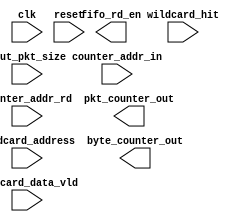
`timescale 1ns / 1ps
//////////////////////////////////////////////////////////////////////////////////
// Company: 
// Engineer: 
// 
// Design Name: 
// Module Name: wildcard_counter
// Project Name: 
// Target Devices: 
// Tool Versions: 
// Description: 
// 
// Dependencies: 
// 
// Revision:
// Revision 0.01 - File Created
// Additional Comments:
// 
//////////////////////////////////////////////////////////////////////////////////


module wildcard_counter
#(parameter ADDR_WIDTH=4,
  parameter PKT_WIDTH=12,
  parameter LUT_DEPTH=16,
  parameter DEPTH_BITS=4
  )
(
   input clk,
   input reset,
   output fifo_rd_en,
   input [PKT_WIDTH-1:0]dout_pkt_size,
   input wildcard_data_vld,
   input wildcard_hit,
   input [DEPTH_BITS-1:0]wildcard_address,
   
   input [DEPTH_BITS-1:0] counter_addr_in,
   input counter_addr_rd,
   output reg [31:0]pkt_counter_out,
   output reg [31:0]byte_counter_out
   
    );

`ifdef ONETS45
begin   
    reg [31:0]byte_count[LUT_DEPTH-1:0];
    reg [31:0]pkt_count [LUT_DEPTH-1:0];
    reg [DEPTH_BITS-1:0]wildcard_address_d;
    
    assign fifo_rd_en=wildcard_data_vld;
    reg wildcard_hit_d;
    always@(posedge clk)
      wildcard_hit_d<=wildcard_hit;
    
    localparam CLEAR=0,
               IDLE=1;
    reg [DEPTH_BITS-1:0]clear_count;
    reg [2:0]cur_st,nxt_st;
    always@(posedge clk)
      if(reset) wildcard_address_d<=0;
      else wildcard_address_d<=wildcard_address;
    
    always@(posedge clk)
      if(reset) cur_st<=0;
      else cur_st<=nxt_st;
      
    always@(*)
    begin  
      nxt_st=cur_st;
      case(cur_st)
         CLEAR:if(clear_count==LUT_DEPTH-1) nxt_st=IDLE;
         IDLE:nxt_st=IDLE;
         default:nxt_st=IDLE;
      endcase
    end         
       
    always@(posedge clk)
    if(reset)
      clear_count<=0;
    else if(cur_st==CLEAR) clear_count<=clear_count+1;
    
    always@(posedge clk)
    if(cur_st==CLEAR)
    begin
        byte_count[clear_count]<=0;
        pkt_count[clear_count]<=0;
    end
    else if(cur_st==IDLE && wildcard_hit_d)
    begin
      byte_count[wildcard_address_d]<=byte_count[wildcard_address_d]+dout_pkt_size+4;
      pkt_count[wildcard_address_d]<=pkt_count[wildcard_address_d]+1;
    end
    
    always@(posedge clk)
    if(reset)
      pkt_counter_out<=0;
    else if(counter_addr_rd) 
      pkt_counter_out<=pkt_count[counter_addr_in];
      
      always@(posedge clk)
      if(reset)
        byte_counter_out<=0;
      else if(counter_addr_rd) 
        byte_counter_out<=byte_count[counter_addr_in];
end

`elsif ONETS30
begin   
    reg [31:0]byte_count[LUT_DEPTH-1:0];
    reg [31:0]pkt_count [LUT_DEPTH-1:0];
    reg [DEPTH_BITS-1:0]wildcard_address_d;
    
    assign fifo_rd_en=wildcard_data_vld;
    reg wildcard_hit_d;
    always@(posedge clk)
      wildcard_hit_d<=wildcard_hit;
    
    localparam CLEAR=0,
               IDLE=1;
    reg [DEPTH_BITS-1:0]clear_count;
    reg [2:0]cur_st,nxt_st;
    always@(posedge clk)
      if(reset) wildcard_address_d<=0;
      else wildcard_address_d<=wildcard_address;
    
    always@(posedge clk)
      if(reset) cur_st<=0;
      else cur_st<=nxt_st;
      
    always@(*)
    begin  
      nxt_st=cur_st;
      case(cur_st)
         CLEAR:if(clear_count==LUT_DEPTH-1) nxt_st=IDLE;
         IDLE:nxt_st=IDLE;
         default:nxt_st=IDLE;
      endcase
    end         
       
    always@(posedge clk)
    if(reset)
      clear_count<=0;
    else if(cur_st==CLEAR) clear_count<=clear_count+1;
    
    always@(posedge clk)
    if(cur_st==CLEAR)
    begin
        byte_count[clear_count]<=0;
        pkt_count[clear_count]<=0;
    end
    else if(cur_st==IDLE && wildcard_hit_d)
    begin
      byte_count[wildcard_address_d]<=byte_count[wildcard_address_d]+dout_pkt_size+4;
      pkt_count[wildcard_address_d]<=pkt_count[wildcard_address_d]+1;
    end
    
    always@(posedge clk)
    if(reset)
      pkt_counter_out<=0;
    else if(counter_addr_rd) 
      pkt_counter_out<=pkt_count[counter_addr_in];
      
      always@(posedge clk)
      if(reset)
        byte_counter_out<=0;
      else if(counter_addr_rd) 
        byte_counter_out<=byte_count[counter_addr_in];
end
`elsif ONETS20
always@(*)
begin
    pkt_counter_out=0;
    byte_counter_out=0;
end 
`endif
    
endmodule